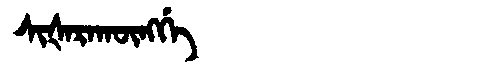
Manchu: ᠰᡳᡧᠠᡵᠠᡴᡡᠩᡤᡝ
Romanization: SIŠARAKŪNGGE